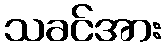
သခင်အား